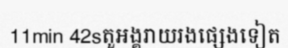
11min 42sតួអង្គរាយរងផ្សេងទៀត